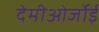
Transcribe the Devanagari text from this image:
देमीओर्जोई